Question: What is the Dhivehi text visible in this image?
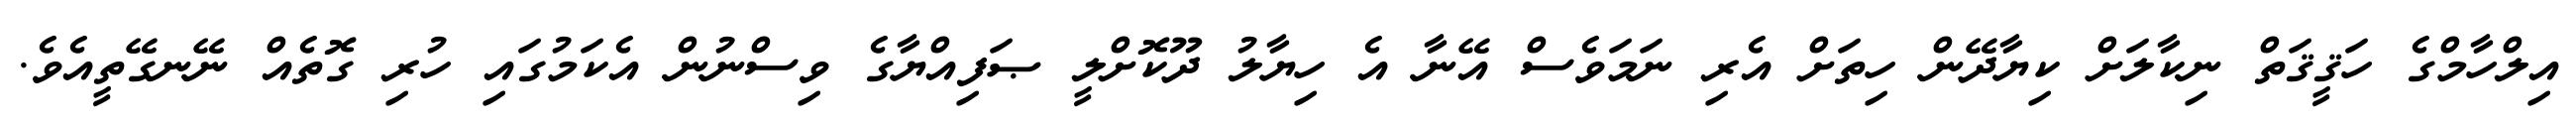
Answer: އިލްހާމްގެ ހަޤީޤަތް ނިކާލަށް ކިޔާދޭން ހިތަށް އެރި ނަމަވެސް އޭނާ އެ ހިޔާލު ދޫކޮށްލީ ޞަފިއްޔާގެ ވިސްނުން އެކަމުގައި ހުރި ގޮތެއް ނޭނގޭތީއެވެ.